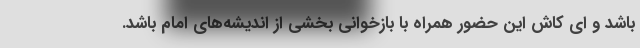
باشد و ای کاش این حضور همراه با بازخوانی بخشی از اندیشه‌های امام باشد.